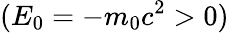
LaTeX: (E_{0}=-m_{0}c^{2}>0)